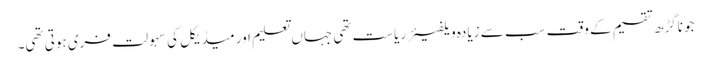
جوناگڑھ تقسیم کے وقت سب سے زیادہ ویلفیئر ریاست تھی جہاں تعلیم اور میڈیکل کی سہولت فری ہوتی تھی۔